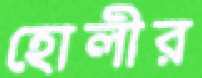
হোলীর